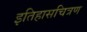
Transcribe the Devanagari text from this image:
इतिहासचित्रण